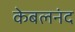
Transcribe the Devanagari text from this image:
केबलनंद